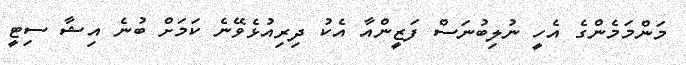
މަންމަމެންގެ އެހީ ނުލިބުނަސް ފަޒީންއާ އެކު ދިރިއުޅެވޭނެ ކަމަށް ބުނެ އިޝާ ސިޓީ